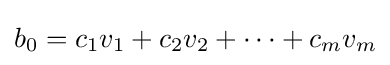
b_{0}=c_{1}v_{1}+c_{2}v_{2}+\cdots +c_{m}v_{m}